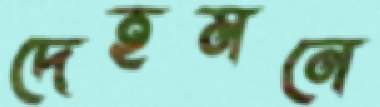
দেহমনে